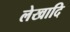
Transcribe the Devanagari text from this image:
लेखादि